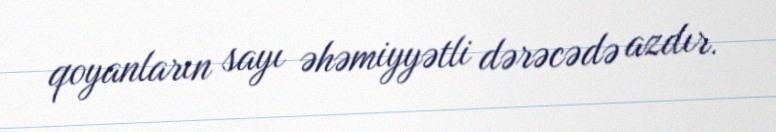
qoyanların sayı əhəmiyyətli dərəcədə azdır.